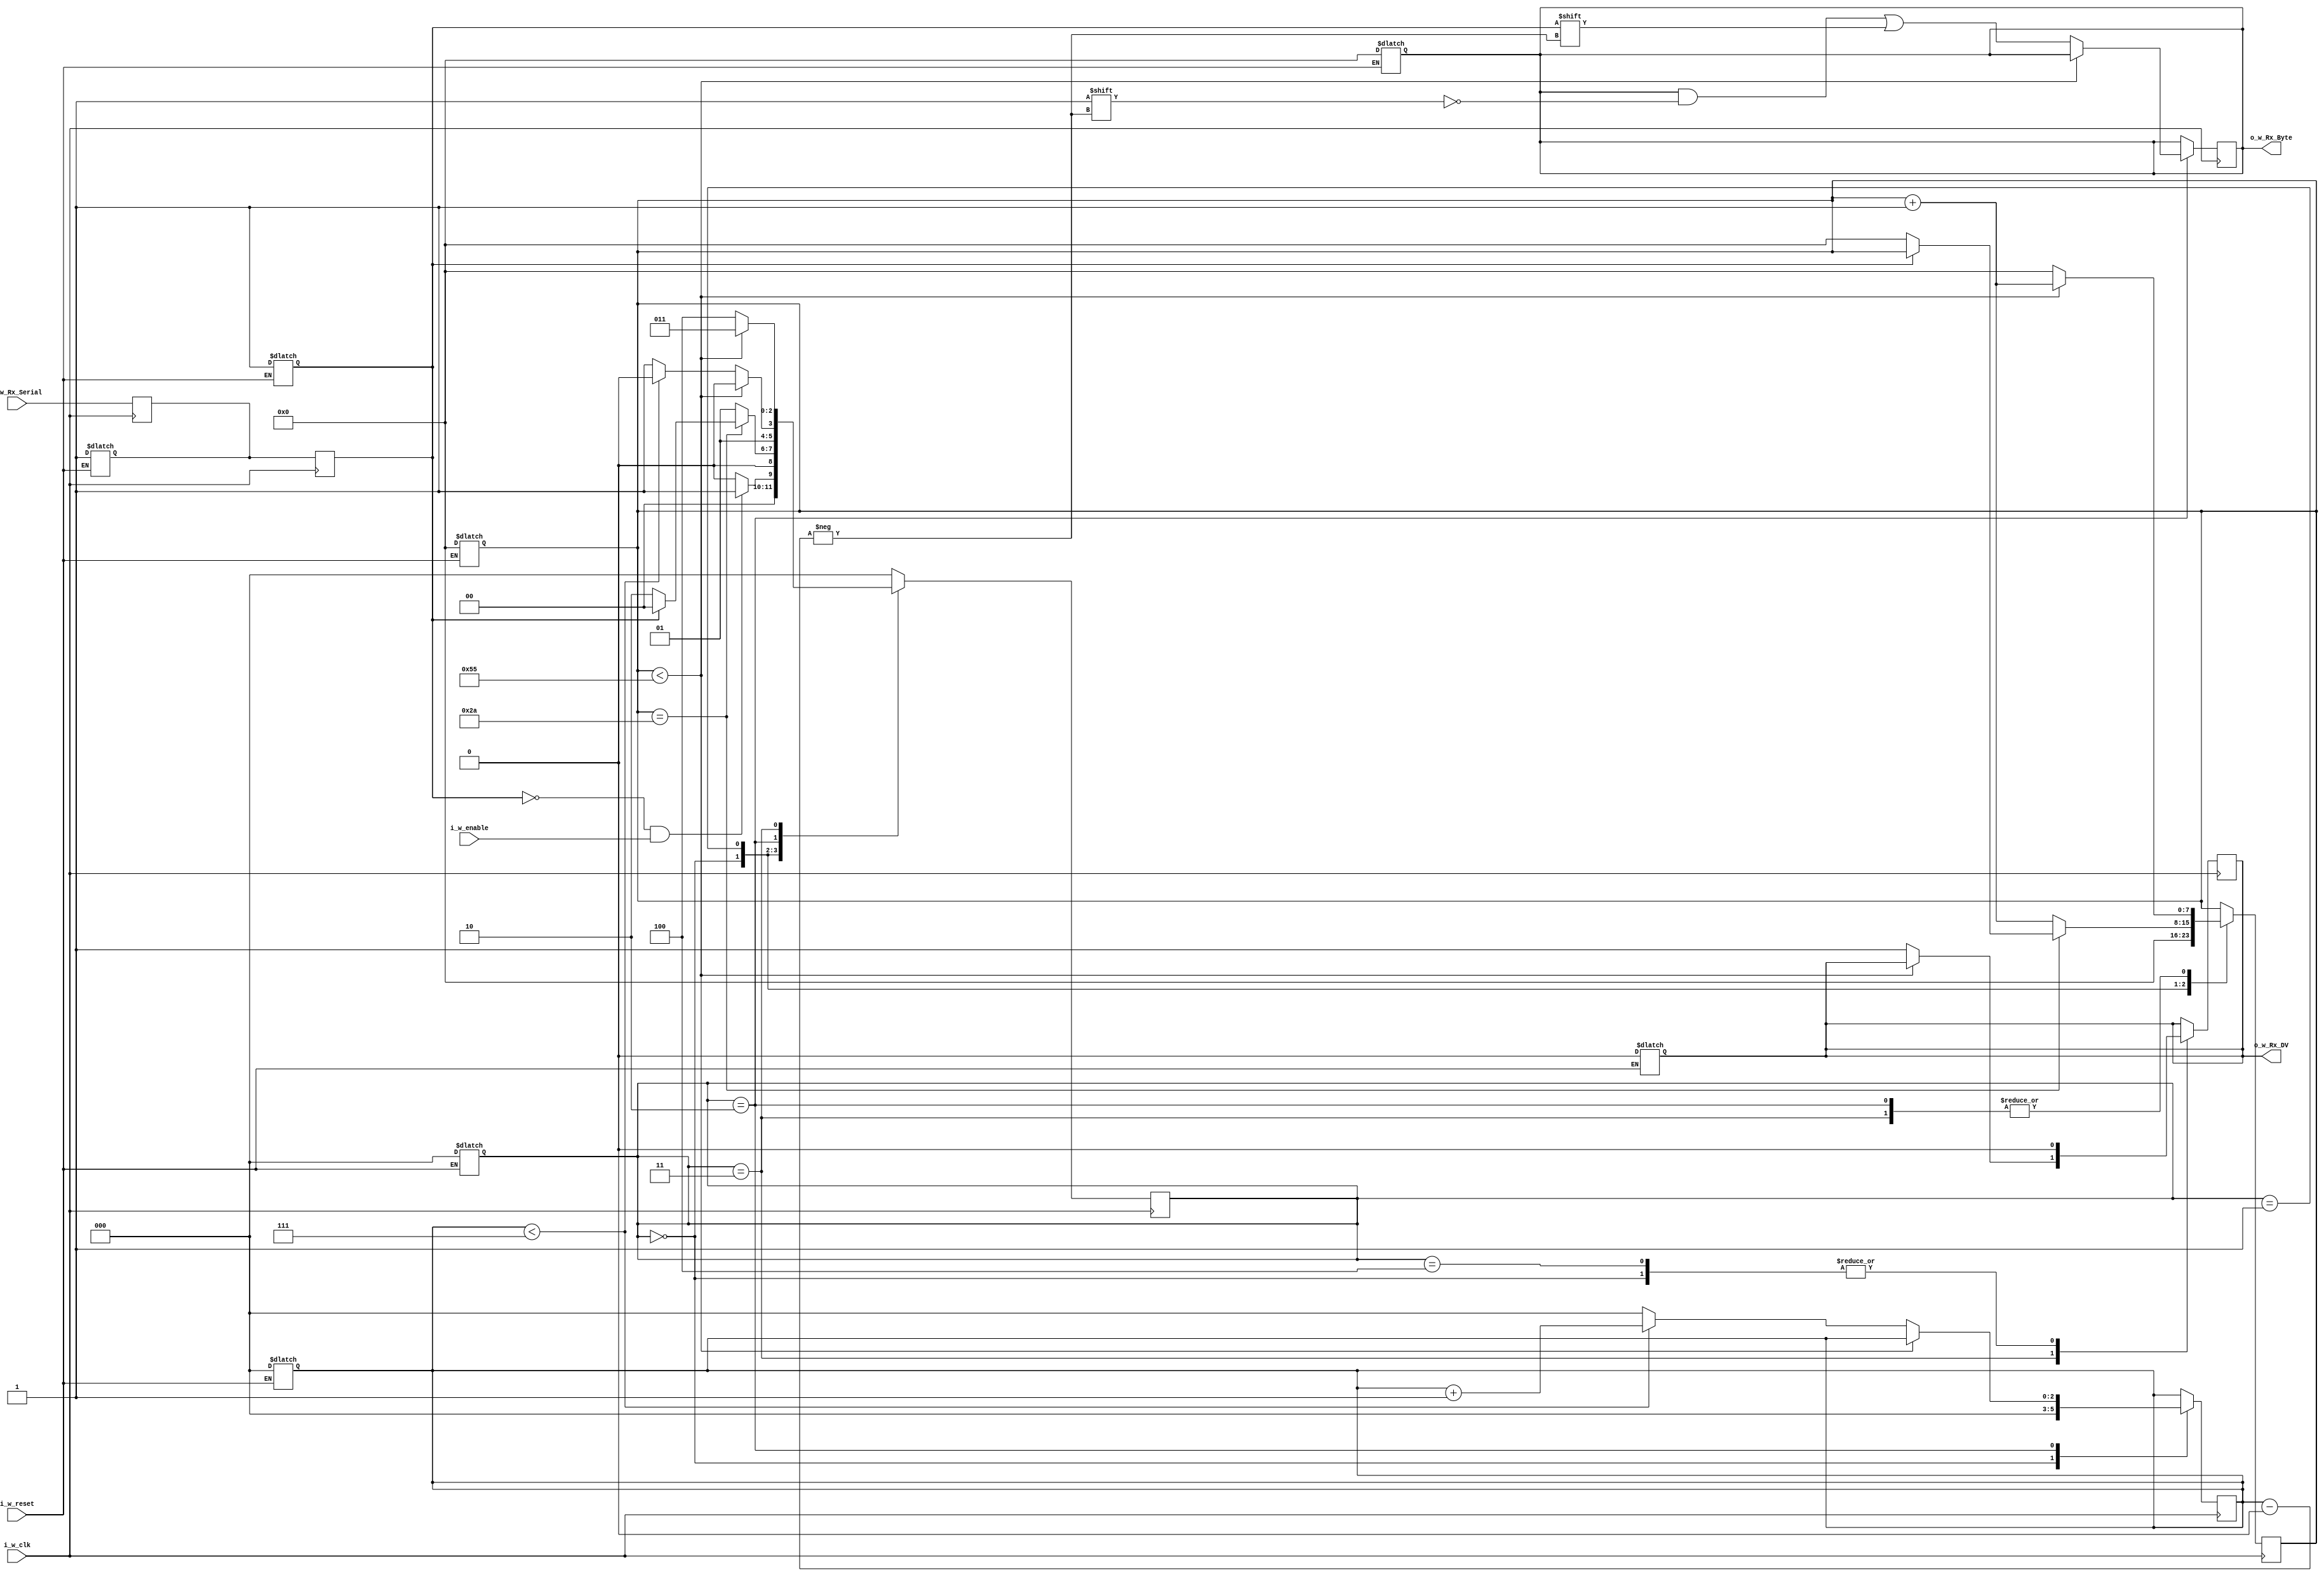
`timescale 1ns / 1ps
//////////////////////////////////////////////////////////////////////////////////
// Company: 
// Engineer: 
// 
// Design Name: 
// Module Name: uart_recv
// Project Name: 
// Target Devices: 
// Tool Versions: 
// Description: 
// 
// Dependencies: 
// 
// Revision:
// Revision 0.01 - File Created
// Additional Comments:
// 
//////////////////////////////////////////////////////////////////////////////////


module uart_recv
    #(
        parameter BAUD_RATE = 115200,
        parameter CLK_RATE  = 10000000 //10Mhz
    )
    (
        //ceasul
        input        wire i_w_clk,
        //reset
        input        wire i_w_reset,
        //daca este activat modul pentru receptionare
        input        wire i_w_enable,
        //RX
        input        wire i_w_Rx_Serial,
        //daca a fost recptionat un byte
        output       wire o_w_Rx_DV,
        //ultimul byte recptionat
        output       wire [7:0] o_w_Rx_Byte
    );

    //cate perioade de ceas are un bit
    parameter CLKS_PER_BIT = CLK_RATE/BAUD_RATE;
    //definirea starilor FSM-ului
    parameter s_IDLE         = 3'b000;
    parameter s_RX_START_BIT = 3'b001;
    parameter s_RX_DATA_BITS = 3'b010;
    parameter s_RX_STOP_BIT  = 3'b011;
    parameter s_CLEANUP      = 3'b100;
   
    //registre pentru datale venit pe RX
    reg           r_Rx_Data_R;
    reg           r_Rx_Data;;
    //contor pentru perioade de ceas
    reg [7:0]     r_Clock_Count;
    //indexul din byte
    reg [2:0]     r_Bit_Index;
    //registrul pentru byte-ul primit
    reg [7:0]     r_Rx_Byte;
    //registru care anunta cand s-a primit un byte intreg
    reg           r_Rx_DV;
    //registru cu starea FSM-ului
    reg [2:0]     r_FSM_State;
    
    //asignarea iesirilor la registrii
    assign o_w_Rx_DV   = r_Rx_DV;
    assign o_w_Rx_Byte = r_Rx_Byte;
    //initializarea valorilor cand se apasa pe butonul reset
    always @(*)
    begin
        if(i_w_reset)
        begin
            r_Rx_Data_R = 1'b1;
            r_Rx_Data   = 1'b1;
            r_Clock_Count = 0;
            r_Bit_Index   = 0;
            r_Rx_Byte     = 0;
            r_Rx_DV       = 0;
            r_FSM_State   = 0;
        end
    end
    // dublarea registrului pentru date de la intrare pentru stabilizarea
    // semnalului pe RX
    always @(posedge i_w_clk)
    begin
        r_Rx_Data_R <= i_w_Rx_Serial;
        r_Rx_Data   <= r_Rx_Data_R;
    end
    
    //procesul de trecere prin starile FSM-ului si de receptioanre a byte-ului
    always @(posedge i_w_clk)
    begin
       
        case (r_FSM_State)
            /*
            S_IDLE: starea in care se astepta un bit de start
            contor pentru perioade si indexul pentru bit sunt la zero
            de asemenea nu s-a recptionat inca nici un byte
            
            Daca se receptioneaza o valoarea de 0 pe RX (deobicei seriala sta pe 1)
            si este activata recptionarea atunci trecem in starea de citire a bitului
            de start stfel ramanem in starea IDLE
            */
            s_IDLE :
            begin
                r_Rx_DV       <= 1'b0;
                r_Clock_Count <= 0;
                r_Bit_Index   <= 0;
                
                if ( (r_Rx_Data == 1'b0) && (i_w_enable==1'b1) )
                    r_FSM_State <= s_RX_START_BIT;
                else
                    r_FSM_State <= s_IDLE;
            end // case: s_IDLE
             
            /*
            s_RX_START_BIT: starea de citire a bitului de start
            Verificam daca si la jumatatea timoul de transmitere a
            unui bit este total valoare zero. Atunci avem un bit de start
            si trecem in starea de citire a bitilor de date, daca nu ne intoarcem
            in starea IDLE.
            */
            s_RX_START_BIT :
            begin
                if (r_Clock_Count == (CLKS_PER_BIT-1)/2)
                begin
                    if (r_Rx_Data == 1'b0)
                    begin
                        r_Clock_Count <= 0;
                        r_FSM_State   <= s_RX_DATA_BITS;
                    end
                    else
                    begin
                        r_FSM_State <= s_IDLE;
                    end
                end
                else
                begin
                    r_Clock_Count <= r_Clock_Count + 1;
                    r_FSM_State   <= s_RX_START_BIT;
                end
            end // case: s_RX_START_BIT
             
             
            /*
            s_RX_DATA_BITS: starea de citire a bitilor de informatie
            Se astepat ca timp o perioada si se citeste valoarea de la RX
            aceasta valoare este valoarea bitului dupa care se trece la urmatorul
            bit. Daca s-au citit toti bitii se trece in starea in care se citeste bitul
            de stop.
            */
            s_RX_DATA_BITS :
            begin
                if (r_Clock_Count < CLKS_PER_BIT-1)
                begin
                    r_Clock_Count <= r_Clock_Count + 1;
                    r_FSM_State   <= s_RX_DATA_BITS;
                end
                else
                begin
                    r_Clock_Count          <= 0;
                    r_Rx_Byte[r_Bit_Index] <= r_Rx_Data;
                    
                    if (r_Bit_Index < 7)
                    begin
                        r_Bit_Index <= r_Bit_Index + 1;
                        r_FSM_State <= s_RX_DATA_BITS;
                    end
                    else
                    begin
                        r_Bit_Index <= 0;
                        r_FSM_State <= s_RX_STOP_BIT;
                    end
                end
            end // case: s_RX_DATA_BITS
            
            
            /*
            s_RX_STOP_BIT: starea in care se receptioneaza bitul de stop.
            e revenirea la transmiterea semnalului de 1 pe RX. Se asteapta
            o durata de timp cat un bit dupa care se trece in strea de
            CEALNUP. In aceasta stare se anunta ca a fost receptionat
            byte-ul si ca poate sa fie citit.
            */
            s_RX_STOP_BIT :
            begin
                if (r_Clock_Count < CLKS_PER_BIT-1)
                begin
                    r_Clock_Count <= r_Clock_Count + 1;
                    r_FSM_State   <= s_RX_STOP_BIT;
                end
                else
                begin
                    r_Rx_DV       <= 1'b1;
                    r_Clock_Count <= 0;
                    r_FSM_State   <= s_CLEANUP;
                end
            end // case: s_RX_STOP_BIT
            
             
            /*
            s_CLEANUP: starea de curatare a datelor si revenirea
            la starea IDLE. In aceasta stare se sta un periaoda de ceas
            pentr a butea lua datele primite pe RX de la outputul modulului
            */
            s_CLEANUP :
              begin
                r_FSM_State <= s_IDLE;
                r_Rx_DV   <= 1'b0;
              end
             
             
            default :
              r_FSM_State <= s_IDLE;
         
        endcase
    end   
    
endmodule